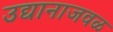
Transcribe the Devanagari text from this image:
उद्यानाजवळ